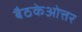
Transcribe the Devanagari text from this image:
बैठकेओत्तर